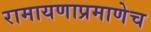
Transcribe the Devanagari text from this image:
रामायणाप्रमाणेच